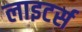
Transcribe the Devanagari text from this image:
लाइटर्स